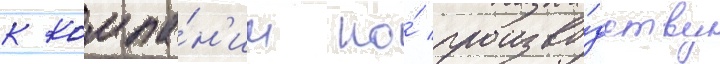
к компа́н'ии по́ произво́дству